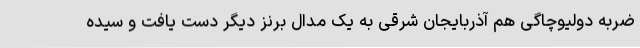
ضربه دولیوچاگی هم آذربایجان شرقی به یک مدال برنز دیگر دست یافت و سیده